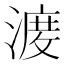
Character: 𱨝